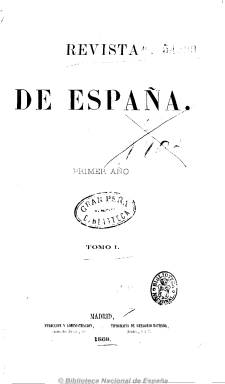
Título: Revista de España
Colección: Cultura
Ámbito geográfico: Madrid
Lugar de publicación: Madrid
Fechas: 01/01/1868-30/11/1894

Una de las revistas doctrinales, científicas y literarias de más alta calidad intelectual y espíritu liberal-conservador de la segunda mitad del siglo diecinueve, que destaca por su longevidad e independencia política. Fundada pocos meses antes de la revolución septembrina por José Luis Albareda y Sedze (1828-1897), cuya propiedad compartirá después con Fernando León y Castillo (1842-1919).

Albareda, que había dirigido El contemporáneo (1860-1864), fue un moderado unionista que finalmente será fusionista del partido de Sagasta. Amigo del general Juan Prim (184-1870), es patrocinador de la monarquía amadeísta, fundará El debate en 1871 y durante la Restauración llegará a ostentar varias carteras ministeriales.

De periodicidad quincenal y amplia paginación (entre 100 y 170 por número, aproximadamente), la revista publicará extensos artículos de ciencia, historia, derecho y literatura, así como revistas de política interior y exterior, de teatro, economía, un boletín bibliográfico español y extranjero y anuncios comerciales, especialmente de bibliografía. Incluirá también composiciones en verso. En ella algunos escritores publicaron las primeras entregas de sus novelas.

Este es el caso Benito Pérez Galdós (1843-1920), entonces un joven periodista político, que Albareda incorpora como director de la revista, desde febrero de 1872 a noviembre de 1873, y en la que publicará las primicias de sus novelas La sombra y Audaz. Lo mismo ocurrirá con Juan Valera (1824-1905), que publicará en la revista las primeras entregas de Pepita Jiménez (1874)

En sus páginas se darán cita una larga nómina de intelectuales de primer orden, como escritores, catedráticos, jurisconsultos, economistas, historiadores, médicos, sociólogos, arquitectos, ingenieros o periodistas. La mayor parte de ellos llevará a cabo importantes carreras políticas, como parlamentarios, ministros, diplomáticos y como dirigentes de las principales instituciones académicas del país, especialmente durante el sexenio democrático y la restauración.

En esta nómina estarán Andrés Borrego (1802-1891), Patricio de la Escosura (1807-1878), Antonio Ros de Olano (1808-1886), Segismundo Moret (1833-1913), Antonio Cánovas del Castillo (1828-1897), Gumersindo de Azcárate (1840-1917), Rodrigo Amador de los Ríos (1849-1917), Francisco Giner de los Ríos (1839-1915),  Nicolás Salmerón (1838-1908), Eugenio Montero Ríos (1832-1914), Aureliano Linares Rivas (1841-1903), Víctor Balaguer (1823-1901), Antonio Romero Ortiz (1822-1884), Gaspar Núñez de Arce (1834-1903), Ramón Rodríguez Correa (1835-1894), Eduardo Saavedra y Moragas (1829-1912), Antonio Aguilar Correa (1824-1908) o José Ferreras (1841-1904). Así como Juan Álvarez de Lorenzana (1818-1883), Gumersindo Laverde Ruiz (1835-1890), Manuel de la Revilla (1846-1881), José Rodríguez Mourelo (1859-1932), Mariano Carreras González (1827-1885), Demetrio Duque y Merino (1844-1903), Enrique Sierra Valenzuela (1845-1880), Cayetano Sánchez Bustillo (1839-1908) y Florencio Janer (1831-1877).

Fue estampada en diversas imprentas, como Tipografía de Gregorio Estrada, el Establecimiento tipográfico de El Correo, a cargo de F. Fernández, y el dirigido por José Cayetano Conde

Publica un índice sistemático de materias y alfabético de autores desde su primer número al del 25 de octubre de 1887, realizado por Antonio Maestre y Alonso, y que se encuentra en el tomo correspondiente a 1888.